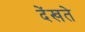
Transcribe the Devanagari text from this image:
देंखते